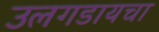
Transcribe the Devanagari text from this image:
उलगडायचा